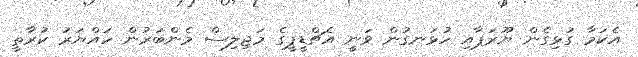
އެކަމާ ގުޅިގެން ޔޫރަޕާއި ހުޅަނގުން ވަނީ އެޗްޑީޕީގެ މަޖިލިސް މެންބަރުން ހައްޔަރު ކުރާތީ